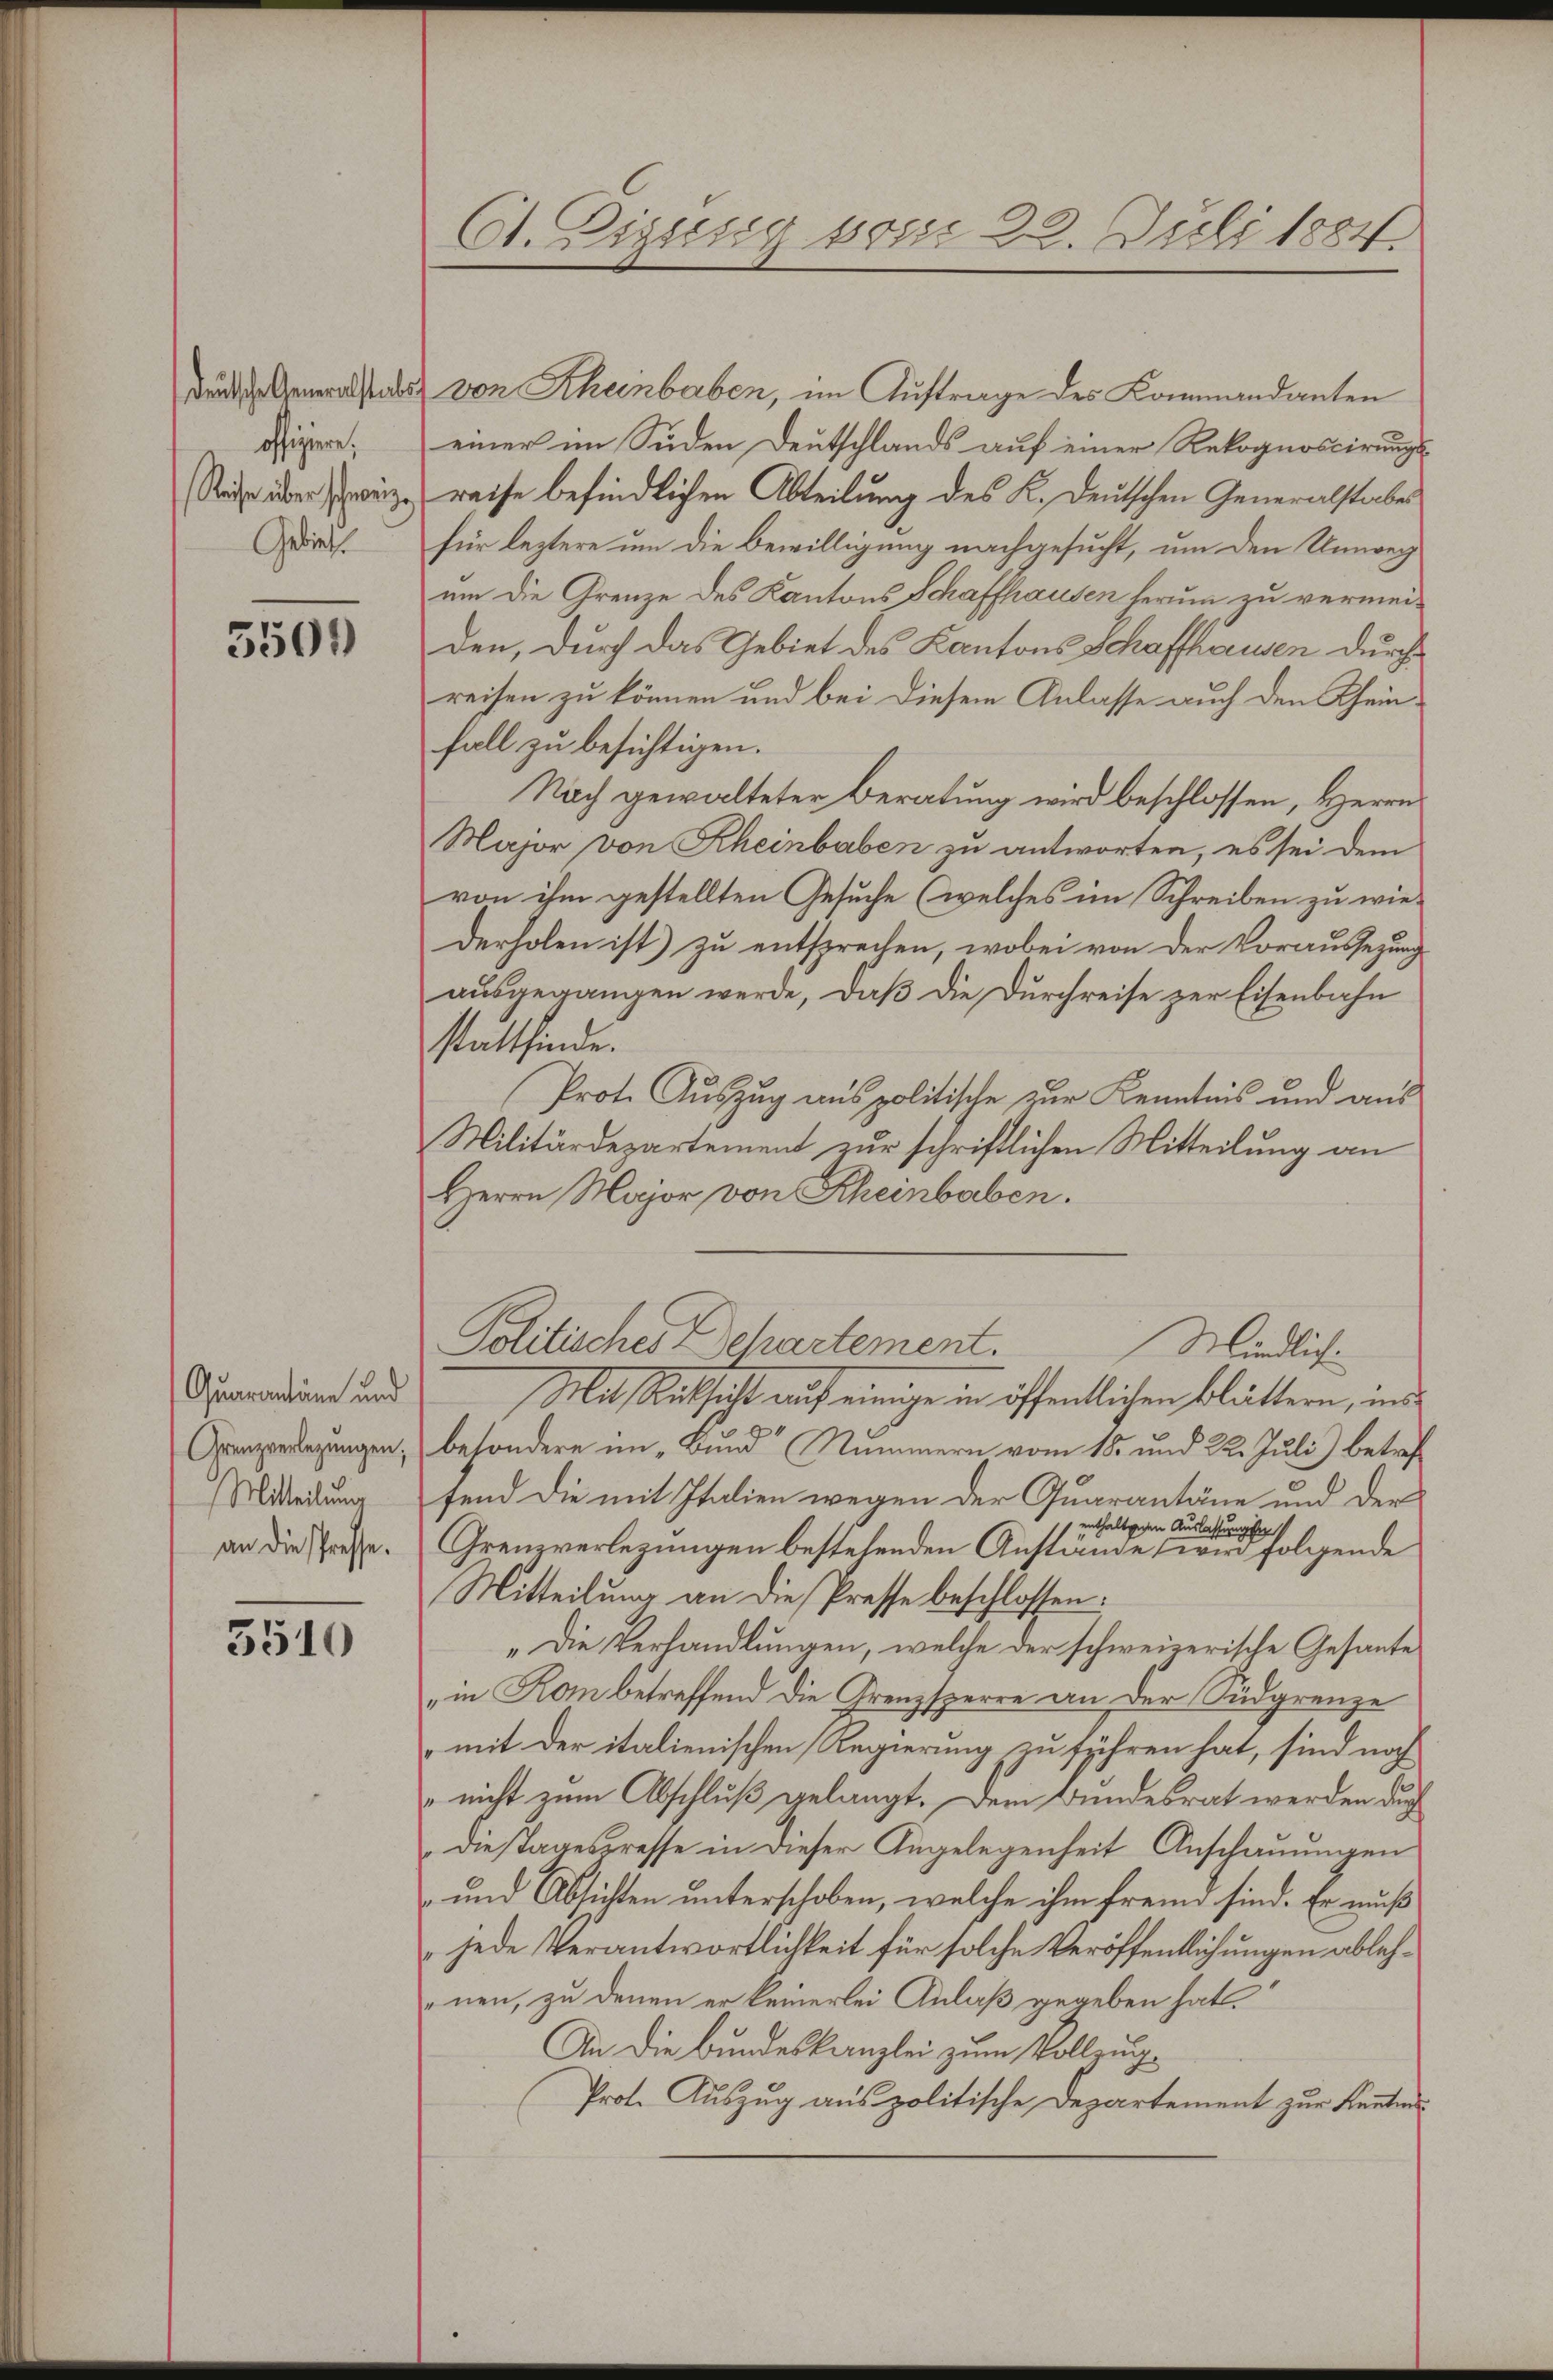
deutsche Generalstab
offiziere.
Reise über schweize
Gebiet.

3501

Quarantäne und
Grenzverlegungen;
Mitteilung
an die spresse.

3510

Ct. Zigusig von 22. Juli 1884.

von Rheinbaben, im Auftrage des Kommandanten
einer im Süden Deutschlands auf einer Rekognoscirungs
reise befindlichen Abteilung des K. Deutschen Generalstaber
für leztere um die Bewilligung nachgesucht, um den Umweg
um die Grenze des Kantons Schaffhausen herum zu vermeiden, durch das Gebiet des Kantons Schaffhausen durchreisen zu können und bei diesem Anlasse auch den Rheinfall zu besichtigen.
Nach gewalteter Beratung wird beschlossen, Herrn
Major von Rheinbaben zu antworten, es sei dem
von ihm gestellten Gesuche (welches im Schreiben zu wiederholen ist) zu entsprechen, wobei von der Voraussezung
ausgegangen werde, daß die Durchreise zur Eisenbahn
stattfinde.
Prot. Auszug aus politische zur Kenntnis und aus
Militärdepartement zur schriftlichen Mitteilung an
Herrn Major von Rheinbaben.
Politisches Echartement.
Mindlich.
Mit Rücksicht auf einige in öffentlichen blättern, und
besondere im „Bund“ Nummern vom 15. und 22. Juli) betreffend die mit Italien wegen der Quarantäne und der
enthaltschen Auslassungsa
Grenzverlegungen bestehenden Anstände, wird folgende
Mitteilung an die Presse beschlossen:
„Die Verhandlungen, welche der schweizerische Gesante
„in Kan betreffend die Grenzsperre an der Südgrenze
„mit der italienischen Regierung zu führen hat, sind noch
"nicht zum Abschluß gelangt. Dem Bundesrat werden durc
Diestagespresse in dieser Angelegenheit Anschauungen
-und Absichten unterschoben, welche ihm fremd sind. Er muß
jede Verantwortlichkeit für solche Veröffentlichungen ablehnen, zu denen er keinerlei Anlaß gegeben hat.
An die Bundeskanzlei zum Vollzug¬
Prot. Auszug aus politische Departement zur Kenntnis